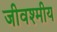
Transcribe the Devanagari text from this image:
जीवश्मीय